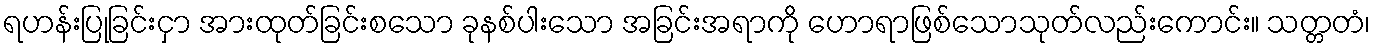
ရဟန်းပြုခြင်းငှာ အားထုတ်ခြင်းစသော ခုနစ်ပါးသော အခြင်းအရာကို ဟောရာဖြစ်သောသုတ်လည်းကောင်း။ သတ္တတံ၊